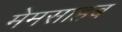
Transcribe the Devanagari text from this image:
मेमसाहब